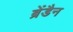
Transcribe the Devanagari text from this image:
ब्रेंडैन